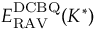
E _ { \mathrm { R A V } } ^ { \mathrm { D C B Q } } ( K ^ { \ast } )